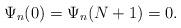
LaTeX: \begin{align*}\Psi_n(0)= \Psi_n(N+1)=0.\end{align*}